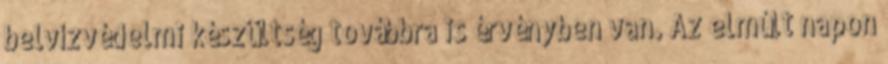
belvízvédelmi készültség továbbra is érvényben van. Az elmúlt napon